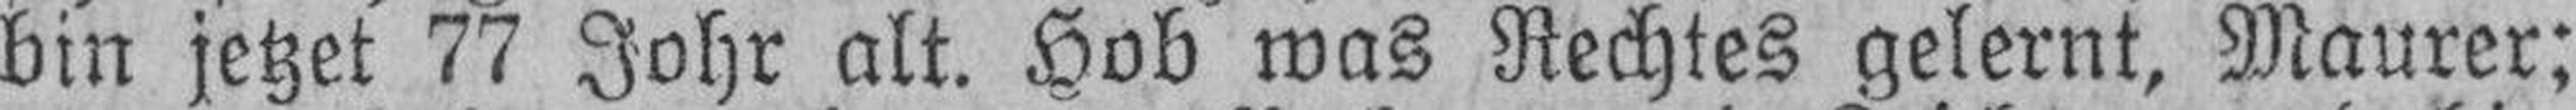
bin jetzet 77 Johr alt. Hob was Rechtes gelernt, Maurer;